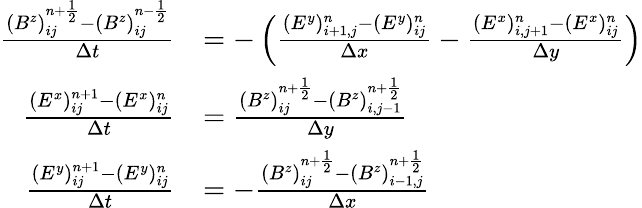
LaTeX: \begin{array}{rl}{\frac{(B^{z})_{ij}^{n+\frac 12}-(B^{z})_{ij}^{n-\frac 12}}{\Delta t}}&{=-\left(\frac{(E^{y})_{i+1,j}^{n}-(E^{y})_{ij}^{n}}{\Delta x}-\frac{(E^{x})_{i,j+1}^{n}-(E^{x})_{ij}^{n}}{\Delta y}\right)}\\ {\frac{(E^{x})_{ij}^{n+1}-(E^{x})_{ij}^{n}}{\Delta t}}&{=\frac{(B^{z})_{ij}^{n+\frac 12}-(B^{z})_{i,j-1}^{n+\frac 12}}{\Delta y}}\\ {\frac{(E^{y})_{ij}^{n+1}-(E^{y})_{ij}^{n}}{\Delta t}}&{=-\frac{(B^{z})_{ij}^{n+\frac 12}-(B^{z})_{i-1,j}^{n+\frac 12}}{\Delta x}}\end{array}